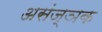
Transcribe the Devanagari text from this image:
असंज्ञक